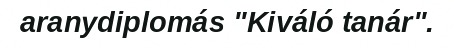
aranydiplomás "Kiváló tanár".